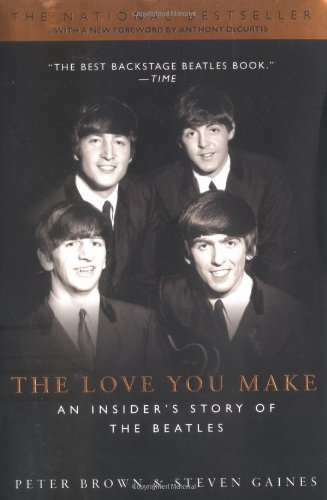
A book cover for The Love You Make: An Insider's Story of the Beatles; Peter Brown; Humor & Entertainment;